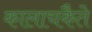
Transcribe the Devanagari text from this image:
कालाचकैते